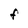
Character: F